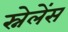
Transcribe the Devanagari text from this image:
स्नेलेंस